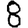
Digit: 8